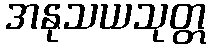
အနုသယသုတ္တ